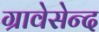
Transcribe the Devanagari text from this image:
ग्रावेसेन्द